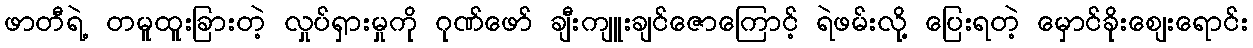
ဖာတီရဲ့ တမူထူးခြားတဲ့ လှုပ်ရှားမှုကို ဂုဏ်ဖော် ချီးကျူးချင်ဇောကြောင့် ရဲဖမ်းလို့ ပြေးရတဲ့ မှောင်ခိုးစျေးရောင်း